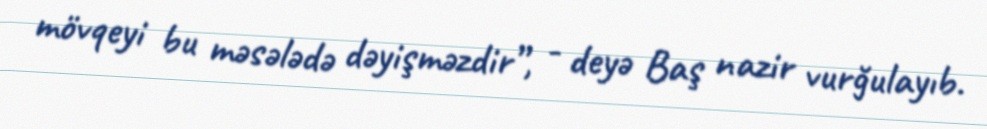
mövqeyi bu məsələdə dəyişməzdir”, - deyə Baş nazir vurğulayıb.